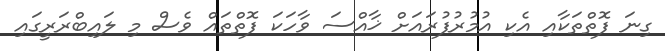
ގިނަ ފޮތްތަކާއި އެކި އުމުރުފުރައަށް ޚާއްސަ ވާހަކަ ފޮތްތައް ވެސް މި ލައިބްރަރީގައި